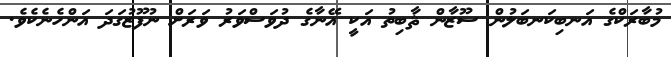
މުބާރަކްގެ އަނބިކަނބަލުން ސޫޒާން ޘާބިތު އަކީ އޭނާގެ ދުވަސްވަރު ވަރަށް ނުފޫޒުގަދަ އަންހެނެކެވެ.